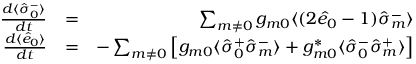
\begin{array} { r l r } { \frac { d \langle \hat { \sigma } _ { 0 } ^ { - } \rangle } { d t } } & { = } & { \sum _ { m \neq 0 } g _ { m 0 } \langle ( 2 \hat { e } _ { 0 } - 1 ) \hat { \sigma } _ { m } ^ { - } \rangle } \\ { \frac { d \langle \hat { e } _ { 0 } \rangle } { d t } } & { = } & { - \sum _ { m \neq 0 } \left[ g _ { m 0 } \langle \hat { \sigma } _ { 0 } ^ { + } \hat { \sigma } _ { m } ^ { - } \rangle + g _ { m 0 } ^ { * } \langle \hat { \sigma } _ { 0 } ^ { - } \hat { \sigma } _ { m } ^ { + } \rangle \right] } \end{array}